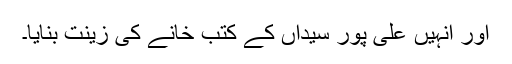
اور اُنہیں علی پور سیّداں کے کتب خانے کی زینت بنایا۔